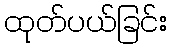
ထုတ်ပယ်ခြင်း